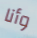
وأنا